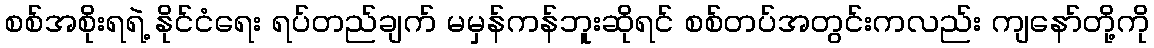
စစ်အစိုးရရဲ့ နိုင်ငံရေး ရပ်တည်ချက် မမှန်ကန်ဘူးဆိုရင် စစ်တပ်အတွင်းကလည်း ကျနော်တို့ကို